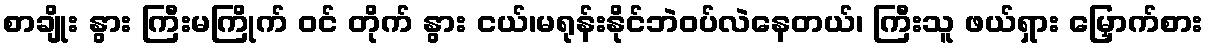
စာချိုး နွား ကြီးမကြိုက် ဝင် တိုက် နွား ငယ်၊မရုန်းနိုင်ဘဲဝပ်လဲနေတယ်၊ ကြီးသူ ဖယ်ရှား မြှောက်စား